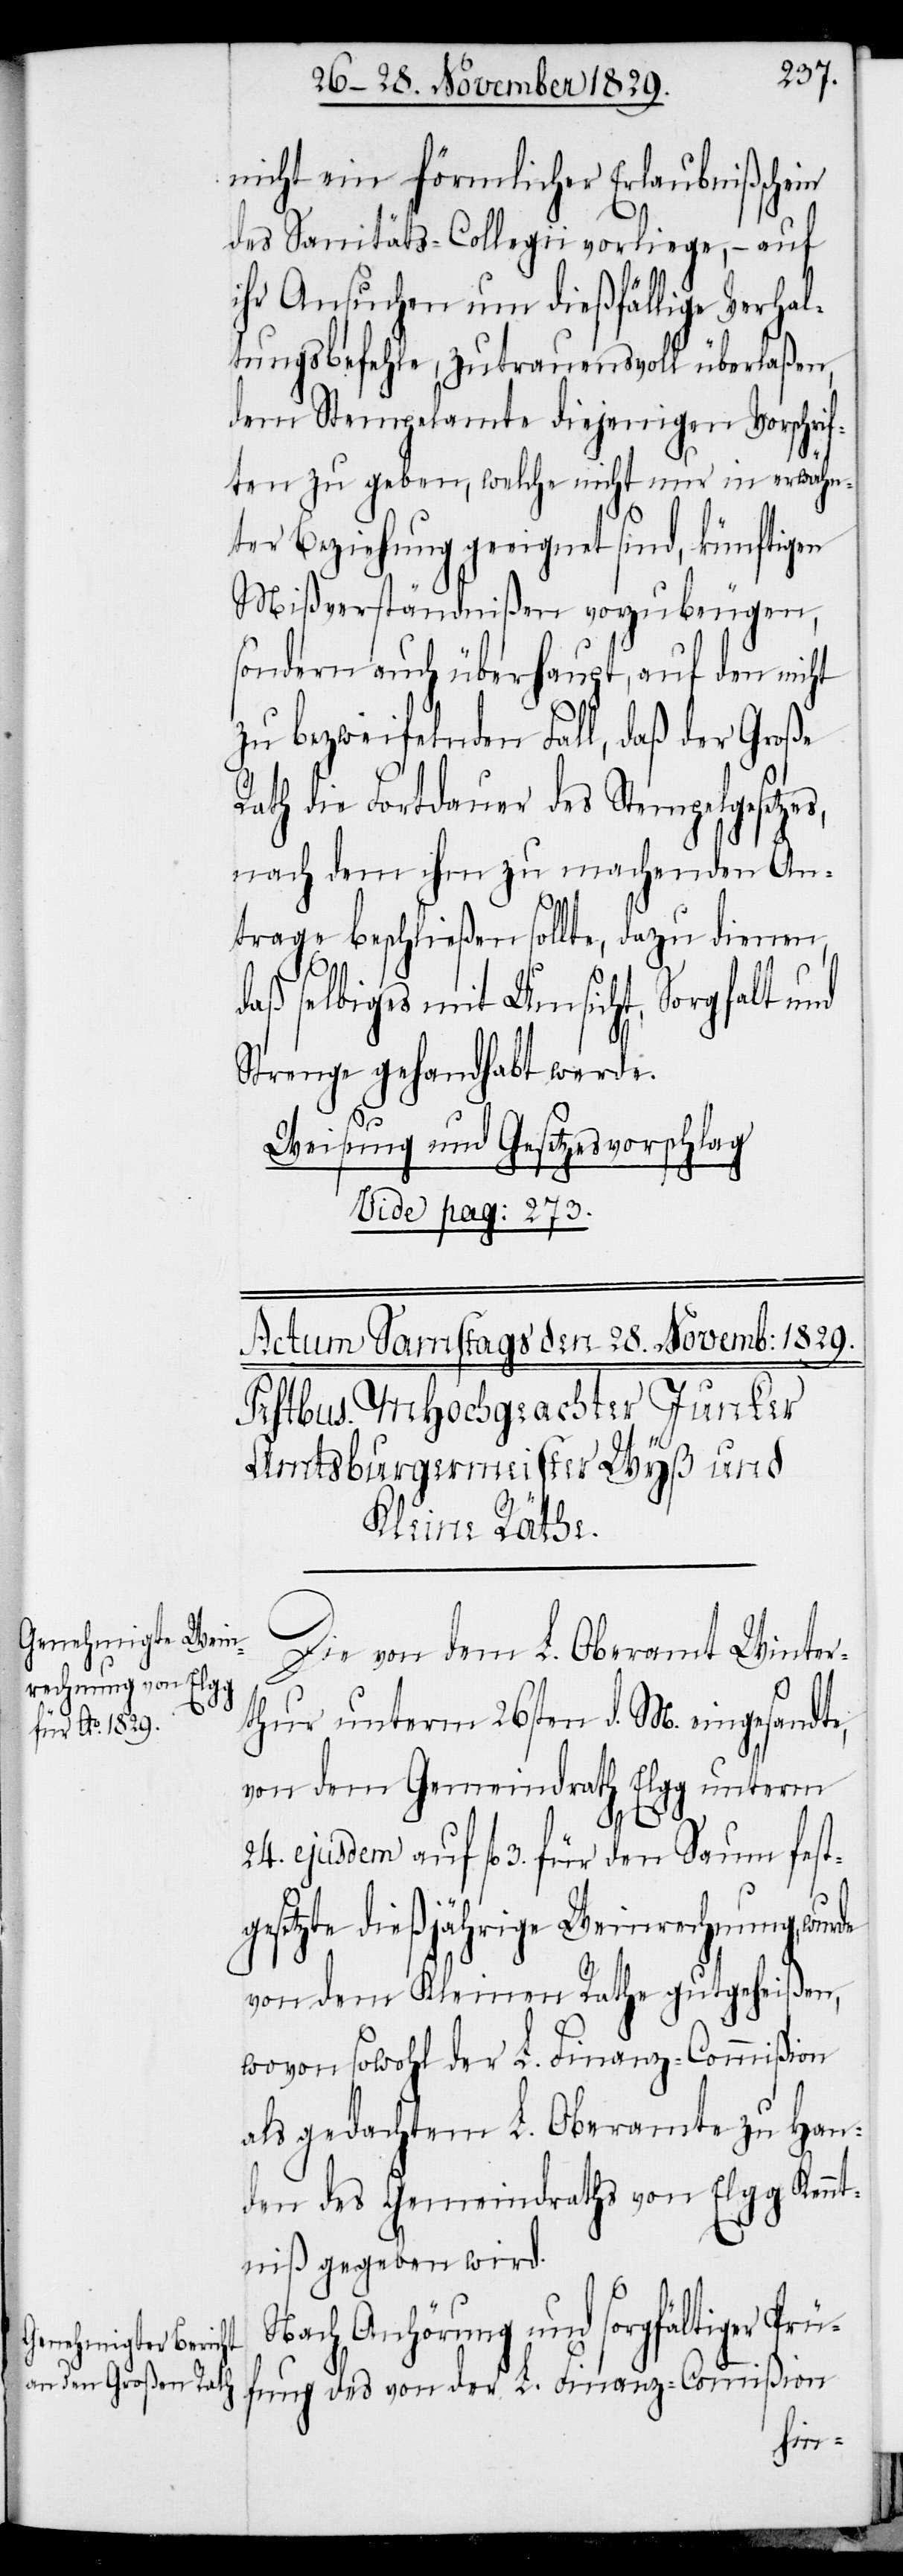
nicht ein förmlicher Erlaubnißschein
des Sanitäts-Collegii vorliege, – auf
ihr Ansuchen um dießfällige Verhal¬
tungsbefehle, zutrauensvoll überlaßen,
dem Stempelamte diejenigen Vorschrif¬
ten zu geben, welche nicht nur in erwähn¬
ter Beziehung geeignet sind, künftigen
Mißverständnißen vorzubeugen,
sondern auch überhaupt, auf den nicht
zu bezweifelnden Fall, daß der Große
Rath die Fortdauer des Stempelgesetzes,
nach dem ihm zu machenden An¬
trage beschließen sollte, dazu dienen
selbiges mit Umsicht, Sorgfalt und
Strenge gehandhabt werde.
L.
Weisung und Gesetzesvorschlag
vide pag: 273.
Die von dem L. Oberamt Winter¬
thur unterm 26sten d. M. eingesandte,
von dem Gemeindrath Elgg unterm
24. ejusdem auf fl. 3. für den Saum fest¬
gesetzte dießjährige Weinrechnung, wur¬
von dem Kleinen Rathe gutgeheißen,
wovon sowohl der L. Finanz-Commißion
als gedachtem L. Oberamte zu Han¬
den des Gemeindraths von Elgg Kennt¬
niß gegeben wird.
Nach Anhörung und sorgfältiger